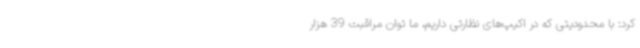
کرد: با محدودیتی که در اکیپ‌های نظارتی داریم، ما توان مراقبت 39 هزار